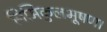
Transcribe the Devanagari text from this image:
निमिकुलभूषण।